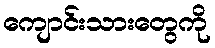
ကျောင်းသားတွေကို